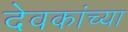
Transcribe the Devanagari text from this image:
देवकांच्या